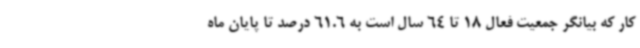
کار که بیانگر جمعیت فعال 18 تا 64 سال است به 61.6 درصد تا پایان ماه